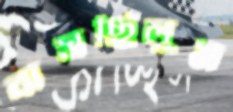
বাসছিলুম